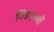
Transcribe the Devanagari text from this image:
विंडएनर्जी